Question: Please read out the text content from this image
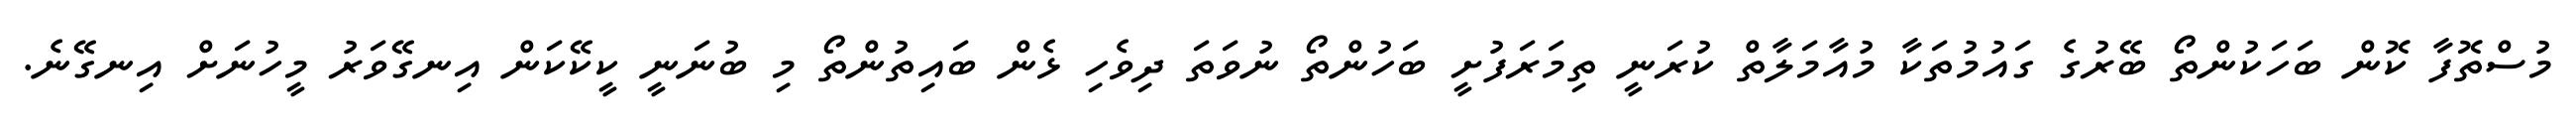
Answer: މުސްތޮފާ ކޮން ބަހަކުންތޯ ބޭރުގެ ގައުމުތަކާ މުއާމަލާތް ކުރަނީ ތިމަރަފުށީ ބަހުންތޯ ނުވަތަ ދިވެހި ޅެން ބައިތުންތޯ މި ބުނަނީ ކީކޭކަން އިނގޭވަރު މީހުނަށް އިނގޭނެ.